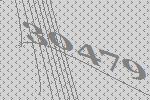
30479